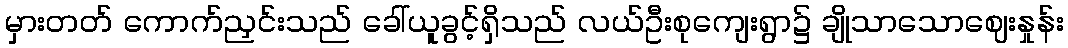
မှားတတ် ကောက်ညှင်းသည် ခေါ်ယူခွင့်ရှိသည် လယ်ဦးစုကျေးရွာ၌ ချိုသာသောဈေးနှုန်း